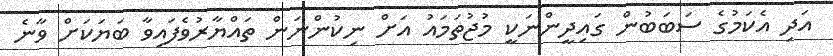
އަދި އެކަމުގެ ސަބަބުން ގައިދީންނަކީ މުޖުތަމައު އަށް ނިކުންނަން ތައްޔާރުވެފައިވާ ބަޔަކަށް ވާނެ